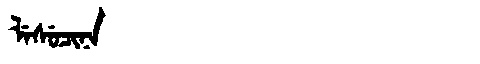
Manchu: ᠯᡝᠰᡠᠴᡳᠨᠠ
Romanization: LESUCINA